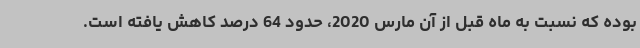
بوده که نسبت به ماه قبل از آن مارس 2020، حدود 64 درصد کاهش یافته است.